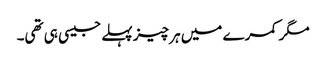
مگر کمرے میں ہر چیز پہلے جیسی ہی تھی۔